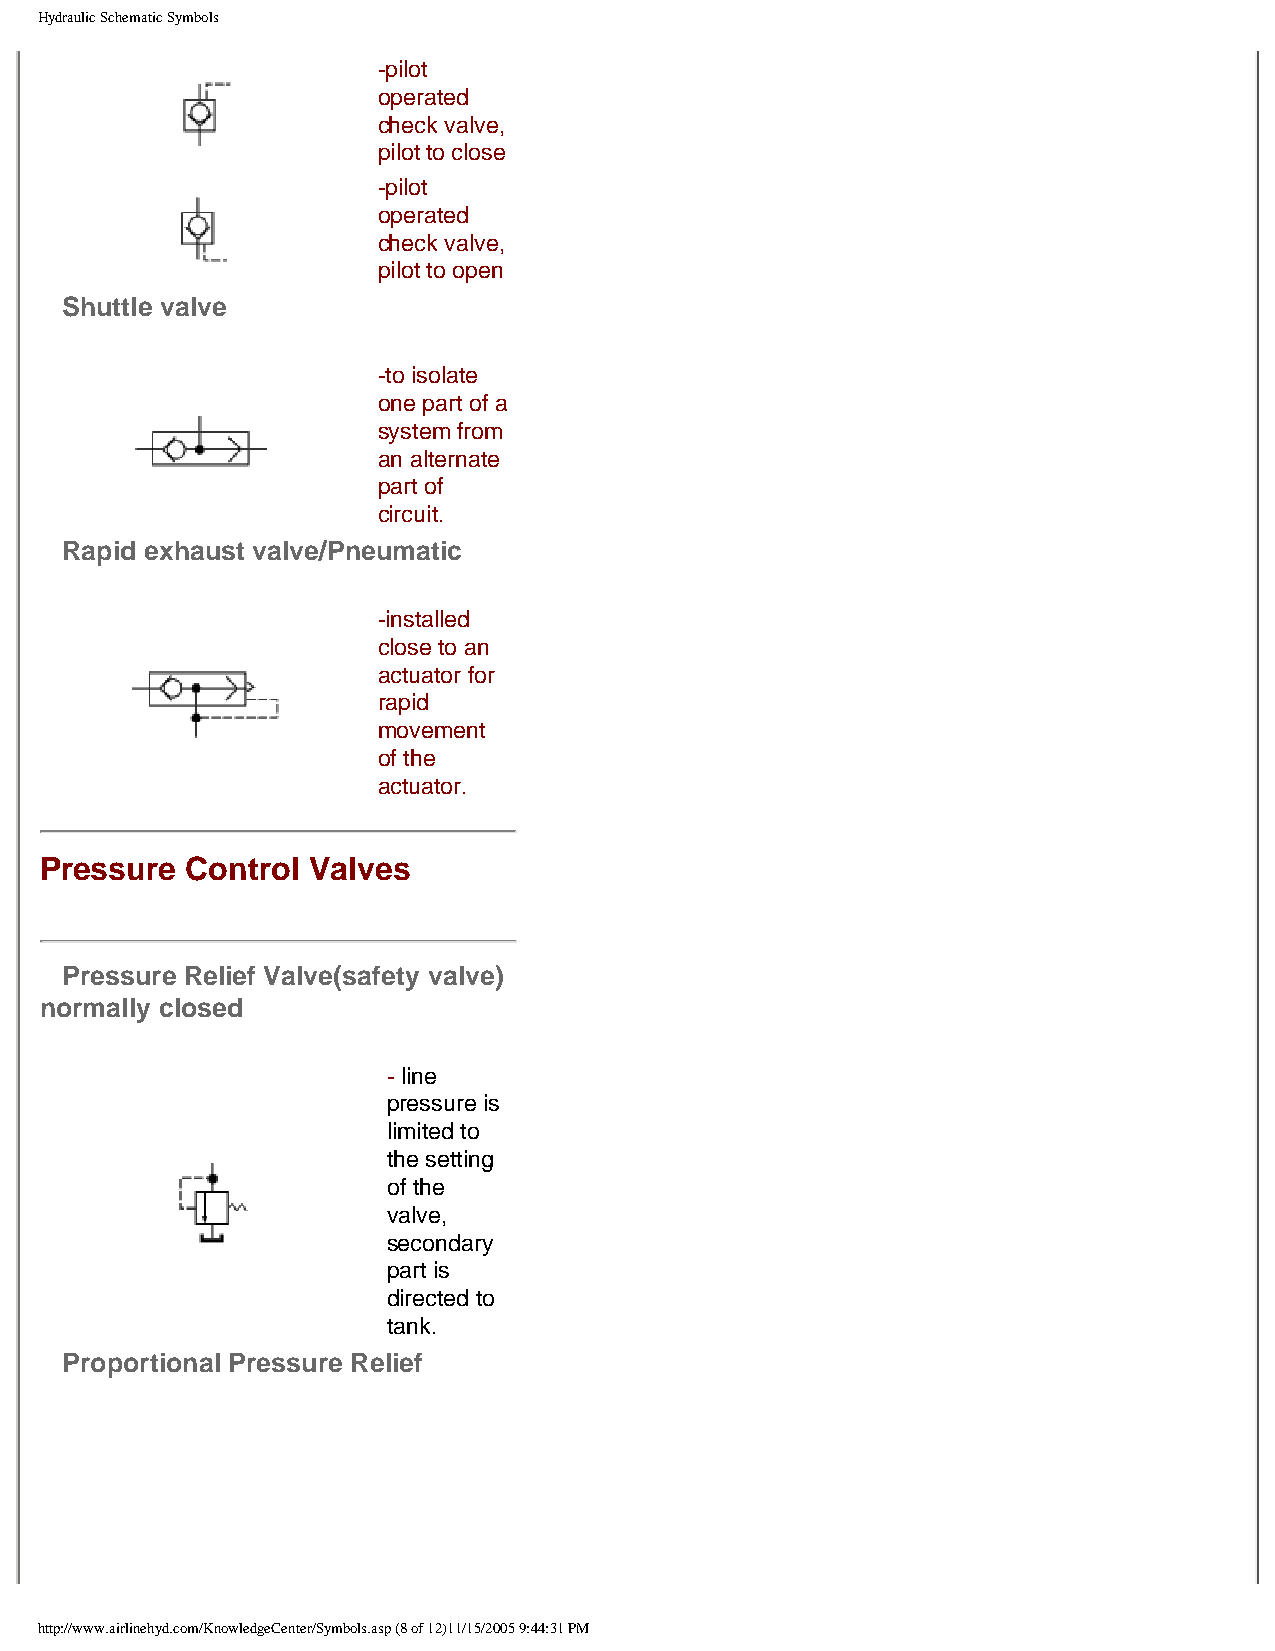
Hydraulic Schematic Symbols
 -pilot
 operated
 check valve,
 pilot to close
 -pilot
 operated
 check valve,
 pilot to open
 Shuttle valve
 -to isolate
 one part of a
 system from
 an alternate
 part of
 circuit.
 Rapid exhaust valve/Pneumatic
 -installed
 close to an
 actuator for
 rapid
 movement
 of the
 actuator.
 Pressure Control Valves
 Pressure Relief Valve(safety valve)
 normally closed
 - line
 pressure is
 limited to
 the setting
 of the
 valve,
 secondary
 part is
 directed to
 tank.
 Proportional Pressure Relief
 http://www.airlinehyd.com/KnowledgeCenter/Symbols.asp (8 of 12)11/15/2005 9:44:31 PM